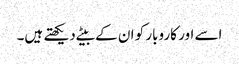
اسے اور کاروبار کو ان کے بیٹے دیکھتے ہیں۔